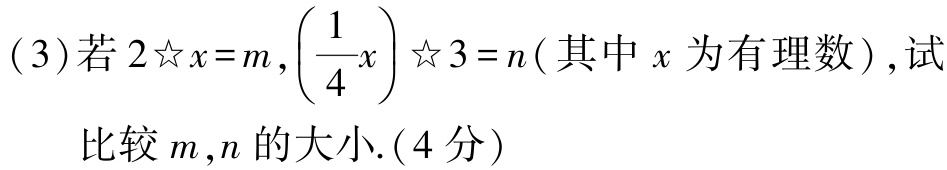
(3)若\(2☆x = m,\left(\dfrac{1}{4}x\right)☆3 = n\)(其中\(x\)为有理数),试

比较\(m,n\)的大小.(4分)